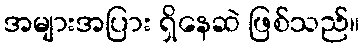
အများအပြား ရှိနေဆဲ ဖြစ်သည်။